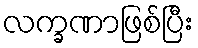
လက္ခဏာဖြစ်ပြီး